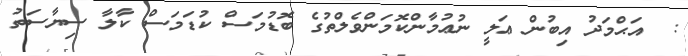
:  އަޙްމަދު އިބުން ޢަލީ ނުޢުމާންކޮމަންވެލްތުގެ ބޮޑުމަސް ކުޑަމަސް ކާލާ ސިޔާސަތު